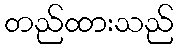
တည်ထားသည်